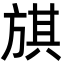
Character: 𣄃